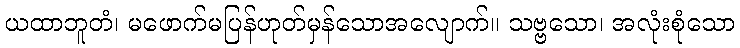
ယထာဘူတံ၊ မဖောက်မပြန်ဟုတ်မှန်သောအလျောက်။ သဗ္ဗသော၊ အလုံးစုံသော